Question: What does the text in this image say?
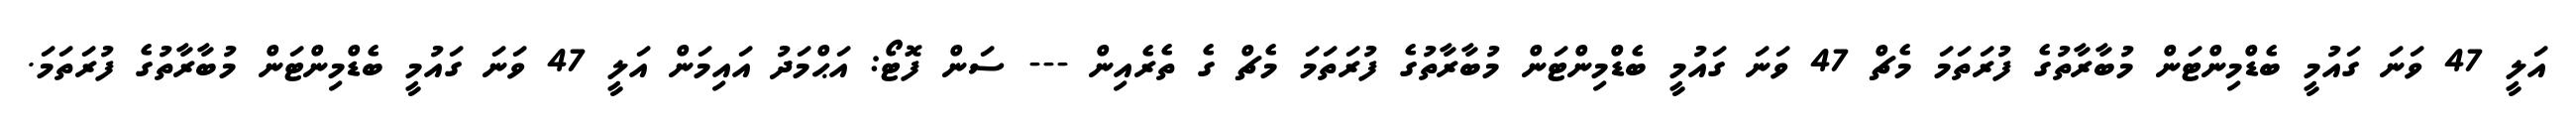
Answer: އަލީ 47 ވަނަ ގައުމީ ބެޑްމިންޓަން މުބާރާތުގެ ފުރަތަމަ މެޗް 47 ވަނަ ގައުމީ ބެޑްމިންޓަން މުބާރާތުގެ ފުރަތަމަ މެޗް ގެ ތެރެއިން --- ސަން ފޮޓޯ: އަޙްމަދު އައިމަން އަލީ 47 ވަނަ ގައުމީ ބެޑްމިންޓަން މުބާރާތުގެ ފުރަތަމަ.